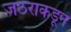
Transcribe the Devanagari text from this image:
जठराकडून